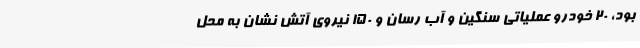
بود، 20 خودرو عملیاتی سنگین و آب رسان و 150 نیروی آتش نشان به محل